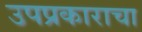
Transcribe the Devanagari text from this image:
उपप्रकाराचा